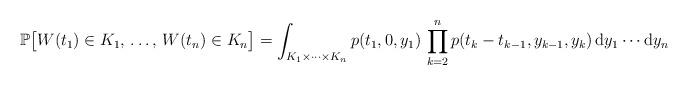
LaTeX: \begin{align*}\mathbb{P} \big[ W(t_1) \in K_1, \, \dots, \, W(t_n) \in K_n \big] = \int_{K_1 \times \cdots \times K_n} p(t_1, 0, y_1) \, \prod_{k=2}^n p(t_k -t_{k-1}, y_{k-1}, y_k) \, \mbox{d}y_1 \cdots \mbox{d}y_n\end{align*}